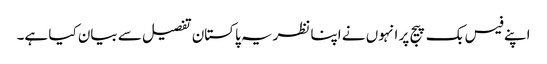
اپنے فیس بک پیج پر انہوں نے اپنا نظریہ پاکستان تفصیل سے بیان کیا ہے۔